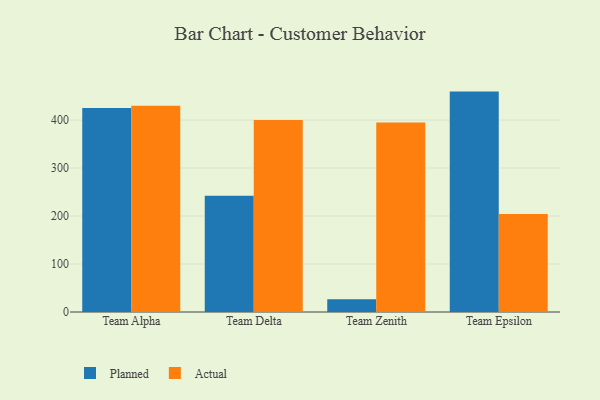
{"axis": {"x": "Team", "y": "Website Visitors"}, "legend": ["Actual", "Planned"], "data": [{"x": "Team Alpha", "y": 425.3, "type": "Planned"}, {"x": "Team Alpha", "y": 429.7, "type": "Actual"}, {"x": "Team Delta", "y": 242.0, "type": "Planned"}, {"x": "Team Delta", "y": 399.9, "type": "Actual"}, {"x": "Team Zenith", "y": 26.5, "type": "Planned"}, {"x": "Team Zenith", "y": 395.1, "type": "Actual"}, {"x": "Team Epsilon", "y": 459.3, "type": "Planned"}, {"x": "Team Epsilon", "y": 204.0, "type": "Actual"}]}